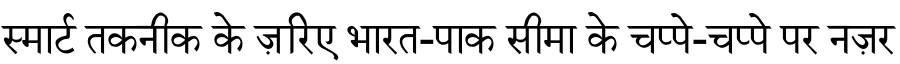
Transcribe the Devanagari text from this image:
स्मार्ट तकनीक के ज़रिए भारत-पाक सीमा के चप्पे-चप्पे पर नज़र